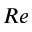
R e